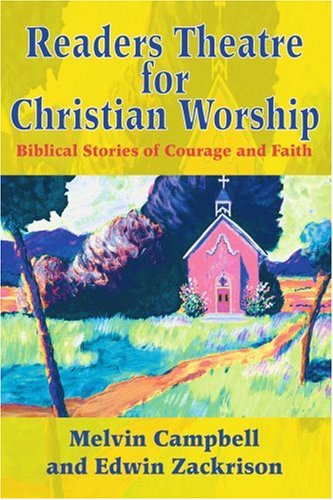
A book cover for Readers Theatre for Christian Worship: Biblical Stories of Courage and Faith; Melvin Campbell; Literature & Fiction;